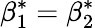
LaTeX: \beta_{1}^{*}=\beta_{2}^{*}